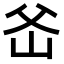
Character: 𤕏